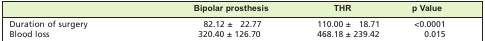
<table><thead><tr><td></td><td><b>Bipolar prosthesis</b></td><td><b>THR</b></td><td><b>p Value</b></td></tr></thead><tbody><tr><td>Duration of surgery</td><td>82.12 ± 22.77</td><td>110.00 ± 18.71</td><td>&lt;0.0001</td></tr><tr><td>Blood loss</td><td>320.40 ± 126.70</td><td>468.18 ± 239.42</td><td>0.015</td></tr></tbody></table>